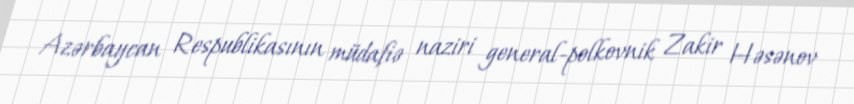
Azərbaycan Respublikasının müdafiə naziri general-polkovnik Zakir Həsənov